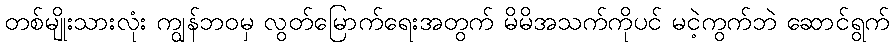
တစ်မျိုးသားလုံး ကျွန်ဘဝမှ လွတ်မြောက်ရေးအတွက် မိမိအသက်ကိုပင် မငဲ့ကွက်ဘဲ ဆောင်ရွက်